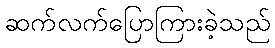
ဆက်လက်ပြောကြားခဲ့သည်